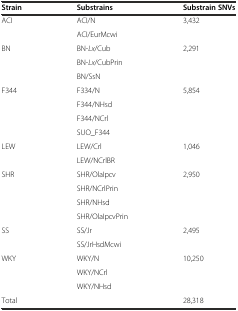
<table><thead><tr><td><b>Strain</b></td><td><b>Substrains</b></td><td><b>Substrain SNVs</b></td></tr></thead><tbody><tr><td>ACI</td><td>ACI/N</td><td>3,432</td></tr><tr><td></td><td>ACI/EurMcwi</td><td></td></tr><tr><td>BN</td><td>BN-<i>Lx</i>/Cub</td><td>2,291</td></tr><tr><td></td><td>BN-<i>Lx</i>/CubPrin</td><td></td></tr><tr><td></td><td>BN/SsN</td><td></td></tr><tr><td>F344</td><td>F334/N</td><td>5,854</td></tr><tr><td></td><td>F344/NHsd</td><td></td></tr><tr><td></td><td>F344/NCrl</td><td></td></tr><tr><td></td><td>SUO_F344</td><td></td></tr><tr><td>LEW</td><td>LEW/Crl</td><td>1,046</td></tr><tr><td></td><td>LEW/NCrlBR</td><td></td></tr><tr><td>SHR</td><td>SHR/OlaIpcv</td><td>2,950</td></tr><tr><td></td><td>SHR/NCrlPrin</td><td></td></tr><tr><td></td><td>SHR/NHsd</td><td></td></tr><tr><td></td><td>SHR/OlaIpcvPrin</td><td></td></tr><tr><td>SS</td><td>SS/Jr</td><td>2,495</td></tr><tr><td></td><td>SS/JrHsdMcwi</td><td></td></tr><tr><td>WKY</td><td>WKY/N</td><td>10,250</td></tr><tr><td></td><td>WKY/NCrl</td><td></td></tr><tr><td></td><td>WKY/NHsd</td><td></td></tr><tr><td>Total</td><td></td><td>28,318</td></tr></tbody></table>